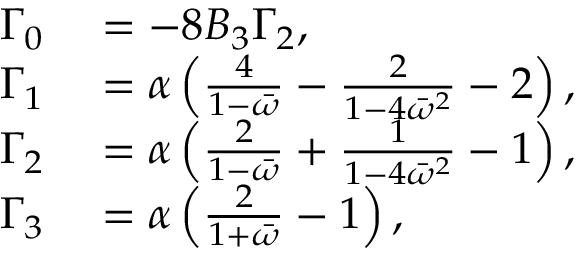
\begin{array} { r l } { \Gamma _ { 0 } } & { { } = - 8 B _ { 3 } \Gamma _ { 2 } , } \\ { \Gamma _ { 1 } } & { { } = \alpha \left( \frac { 4 } { 1 - \bar { \omega } } - \frac { 2 } { 1 - 4 \bar { \omega } ^ { 2 } } - 2 \right) , } \\ { \Gamma _ { 2 } } & { { } = \alpha \left( \frac { 2 } { 1 - \bar { \omega } } + \frac { 1 } { 1 - 4 \bar { \omega } ^ { 2 } } - 1 \right) , } \\ { \Gamma _ { 3 } } & { { } = \alpha \left( \frac { 2 } { 1 + \bar { \omega } } - 1 \right) , } \end{array}